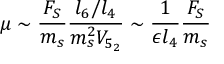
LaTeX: \mu \sim \frac { F _ { S } } { m _ { s } } \frac { l _ { 6 } / l _ { 4 } } { m _ { s } ^ { 2 } V _ { 5 _ { 2 } } } \sim \frac { 1 } { \epsilon l _ { 4 } } \frac { F _ { S } } { m _ { s } }